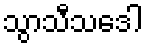
သွာသီသဒေါ